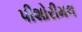
પીશોરીમલ